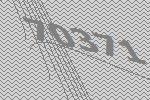
70371